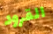
القرود